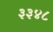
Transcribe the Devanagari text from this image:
३३४८